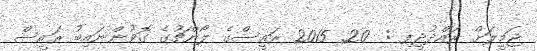
ޖަމީލަށް ރައްދުދީފި :  20